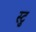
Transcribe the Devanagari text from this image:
स्टु